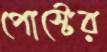
পোস্টের